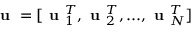
\textbf { u } = [ \textbf { u } _ { 1 } ^ { T } , \textbf { u } _ { 2 } ^ { T } , . . . , \textbf { u } _ { N } ^ { T } ]